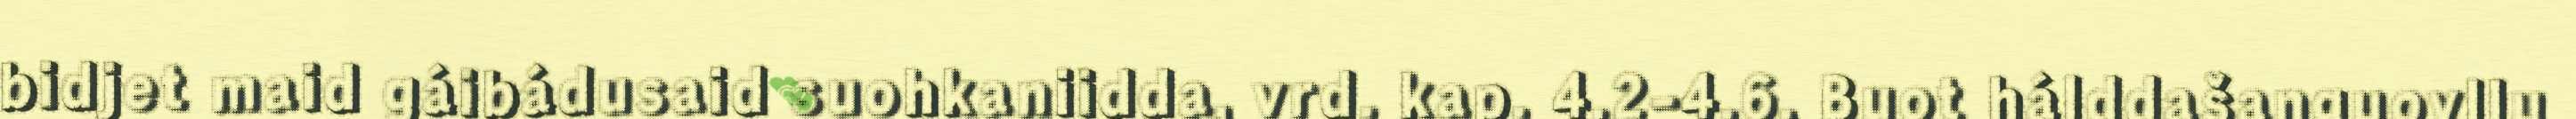
bidjet maid gáibádusaid suohkaniidda, vrd. kap. 4.2-4.6. Buot hálddašanguovllu